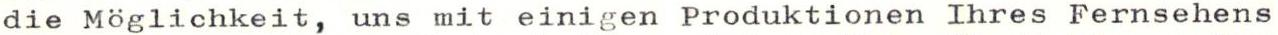
die Möglichkeit, uns mit einigen Produktionen Ihres Fernsehens